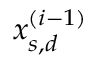
x _ { s , d } ^ { ( i - 1 ) }